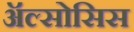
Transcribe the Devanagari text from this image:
ॲल्सोसिस